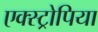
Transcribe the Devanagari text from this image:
एक्स्ट्रोपिया